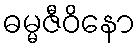
ဓမ္မဇီဝိနော